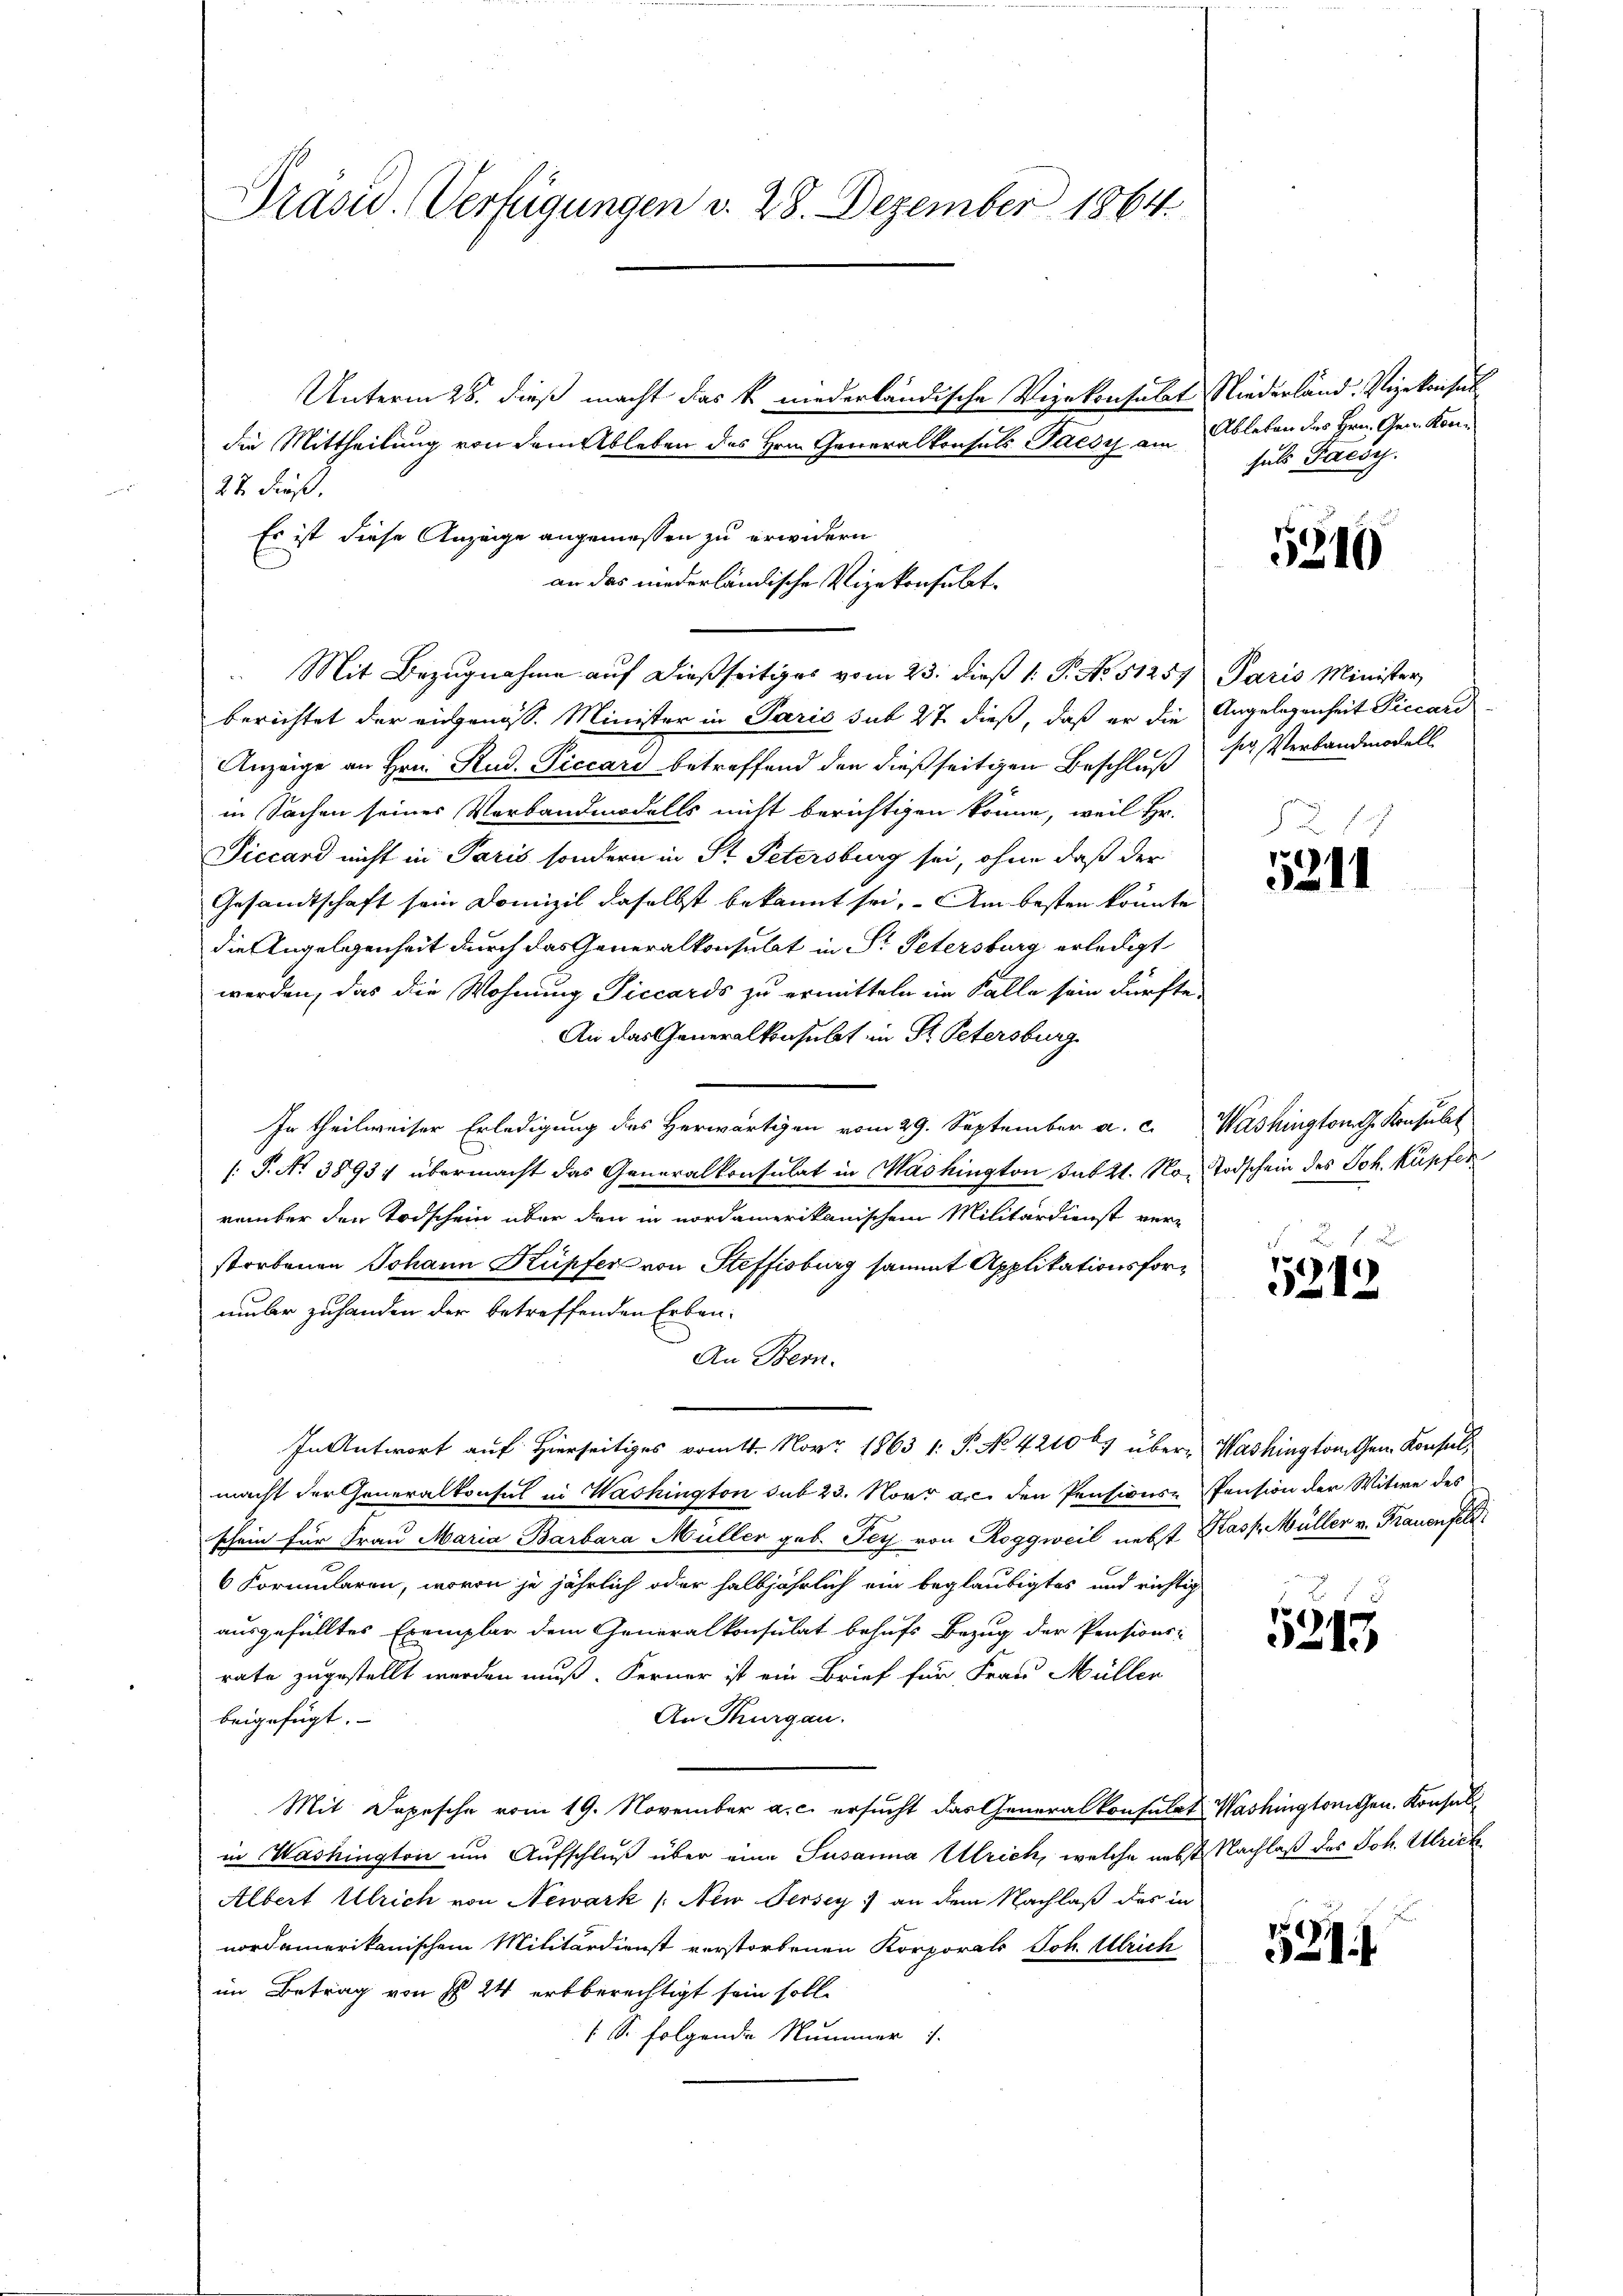
Drasu. Verfügungen v. 28. Dezember 1864.

Unterm 28. dieß macht das k. niederländische Vizekonsulat Niederland. Vizekonsul
die Mittheilung von dem Ableben des Hrn. Generalkonsuls Pacsy am
Es ist diese Anzeige angemessen zu erwidern
an das niederländische Vizekonsulat¬

27. dieß.
Mit Bezugnahme auf dießseitiges vom 23. dieß 1. P. No 51257 Paris Minister
berichtet der eingenöss. Minister in Paris sub 27 dieß, daß er die Angelegenheit Piccard
Anzeige an Hrn. Rud. Piccari betreffend den dießseitigen Beschluß sr Verband modell
in Sachen seines Verbandmodells nicht berichtigen könne, weil Hr.
Siccard nicht in Paris sondern in St. Petersburg sei, ohne daß der
Gesandtschaft sein Domizil daselbst bekannt sei. Am besten könnte
die Angelegenheit durch das Generalkonsulat in St. Petersburg erledigt
werden, das die Wohnung Piccards zu ermitteln im Falle sein dürfte.
An das Generalkonsulat in Dr. Petersburg
In theilweiser Erledigung des Herwärtigen vom 29. September a. c.
/: P. No 3893: übermacht das Generalkonsulat in Mashington sub 21. November den Todschein über den in nordamerikanischem Militärdienst verstorbenen Johann Kupfer von Steffisburg sammt Applikationsformber zuhanden der betreffenden Erben.
An Bern.
In Antwort auf Hierseitiges vom 11. Nov. 1863 1: P. No. 42106. über- Washingtonten Konsul,
macht der Generalkonsul in Washington sub 23. Nov. a. den Pensionsschein für Frau Maria Barbara Müller geb. Pey von Roggweil nebst
6 Formularen, wovon je jährlich oder halbjährlich ein beglaubigtes und richtig
ausgefülltes Exemplar dem Generalkonsulat behufs Bezug der Pensions-
rate zugestellt werden muß. Ferner ist ein Brief für Frau Müller
An Thurgau.
beigefügt.
Mit Depesche vom 19. November a. c. ersucht das Generalkonsulat Washingtonigen. Konsulin Washington um Aufschluß über eine Susanna Ulrich, welche nebst Nachlaß des Joh. Ulrich¬
Albert Ulrich von Newark (New Jersey) an dem Nachlaß des in
nordamerikanischem Militärdienst verstorbenen Korporats Joh. Ulrich
im Betrag von § 24 erbberechtigt sein soll.
1 S. folgende Nummer 1.

Ableben des Hrn. Gen. Konsuls Facoy.

5210

5214

Washington G. Konsulat
Todschein des Joh. Kupfen

F 1 x
5212

Pension der Witwe des
Kasp. Müller v. Frauenfel

1
3-19

5241